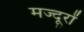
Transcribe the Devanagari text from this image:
मज्दूरों